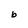
Character: b